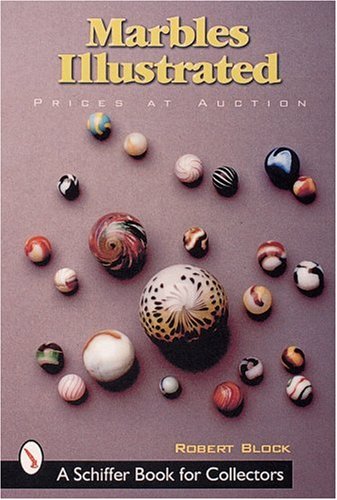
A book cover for Marbles Illustrated (Schiffer Military History); Robert S. Block; Crafts, Hobbies & Home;